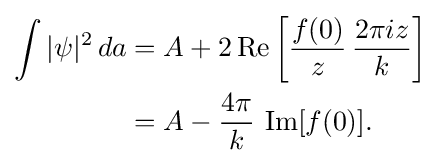
{\begin{aligned}\int |\psi |^{2}\,da&=A+2\operatorname {Re} \left[{\frac {f(0)}{z}}\,{\frac {2\pi iz}{k}}\right]\\&=A-{\frac {4\pi }{k}}\,\operatorname {Im} [f(0)].\end{aligned}}